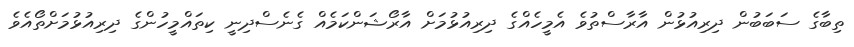
ތިބާގެ ސަބަބުން ދިރިއުޅުން އާރާސްތުވެ އެމީހެއްގެ ދިރިއުޅުމަށް އާރޯޝަންކަމެއް ގެނެސްދިނީ ކިތައްމީހުންގެ ދިރިއުޅުމަށްތޯއެވެ